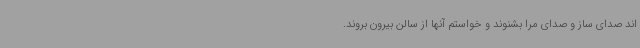
اند صدای ساز و صدای مرا بشنوند و خواستم آنها از سالن بیرون بروند.